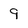
Character: 9